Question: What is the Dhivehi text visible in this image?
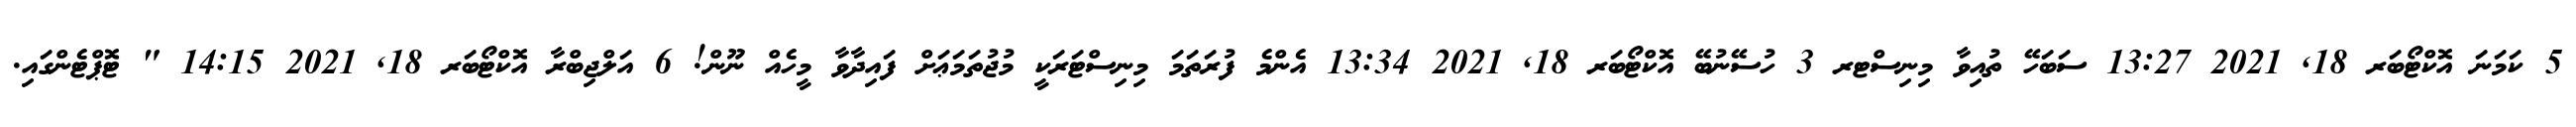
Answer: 5 ކަމަނަ އޮކްޓޯބަރ 18, 2021 13:27 ސަބަހޭ ތުއިވާ މިނިސްޓރ 3 ހުސޭނުބޭ އޮކްޓޯބަރ 18, 2021 13:34 އެންމެ ފުރަތަމަ މިނިސްޓަރަކީ މުޖުތަމަޢަށް ފައިދާވާ މީހެއް ނޫން! 6 އަލްޖިބްރާ އޮކްޓޯބަރ 18, 2021 14:15 " ޓޮޕްޓެންގައި.